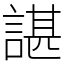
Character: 諶